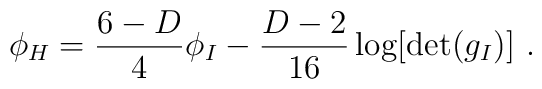
\phi_H={{6-D}\over 4} \phi_I -{{D-2}\over 16}\log[\det(g_I)]~.